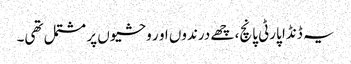
یہ ڈنڈا پارٹی پانچ، چھے درندوں او ر وحشیوں پر مشتمل تھی۔